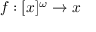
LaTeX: f : [ x ] ^ { \omega } \to x